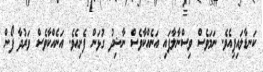
ކަނޑާލައިފިއެވެ. ނަމަވެސް ވިސްނާލާފައި އަނެއްކާވެސް ނާޝިދު ގުޅަން ފެށިއެވެ. އަނެއްކާވެސް ވަރުދާ ފޯން